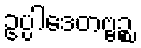
ဥပ္ပါဒေတဗ္ဗဉ္စ